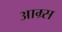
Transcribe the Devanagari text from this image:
आम्र्स